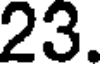
23.